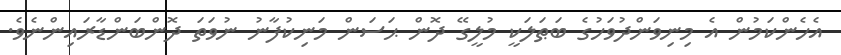
އެހެންކަމުން އެ މިނިވަންދުވަހުގެ ބަޠަލަކީ މުލީގޭ ދޮން ޙަސަން މަނިކުފާނު ނުވަތަ ދޮންބަންޑާރައިންނެވެ.